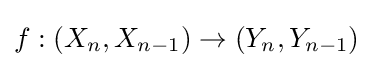
f:(X_{n},X_{n-1})\to (Y_{n},Y_{n-1})